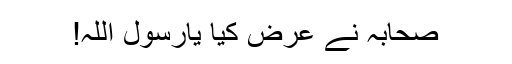
صحابہؓ نے عرض کیا یارسول اللہ!